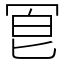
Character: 冟